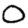
Digit: 0